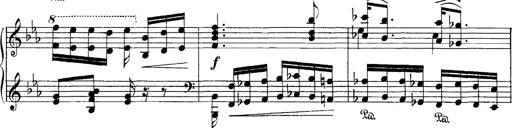
Title: Hungarian Rhapsody No.4
Composer: Franz Liszt
Key: E-flat major